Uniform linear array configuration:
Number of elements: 8
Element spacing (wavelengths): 0.25
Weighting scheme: uniform
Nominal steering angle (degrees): -60
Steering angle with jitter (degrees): -61.275
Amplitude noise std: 0.05
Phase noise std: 0.05

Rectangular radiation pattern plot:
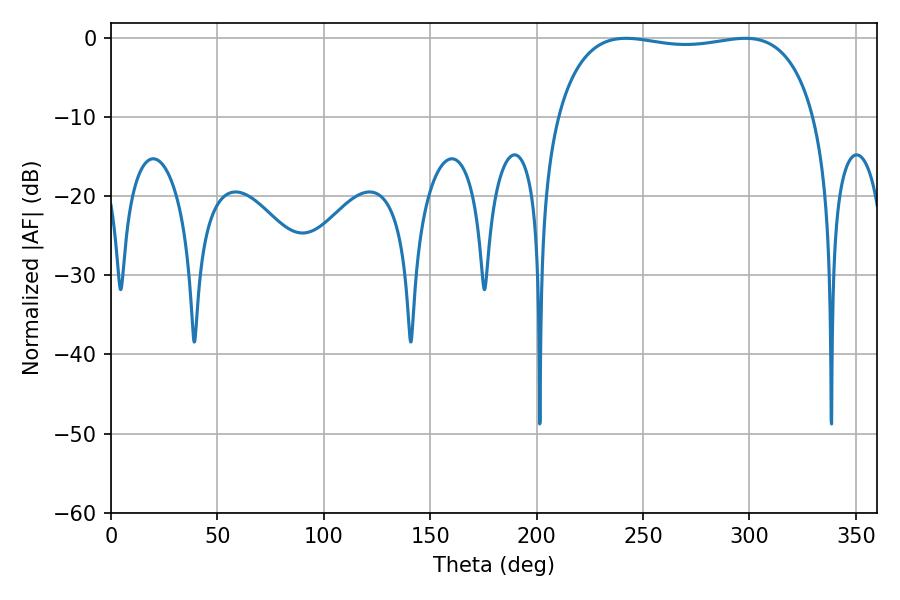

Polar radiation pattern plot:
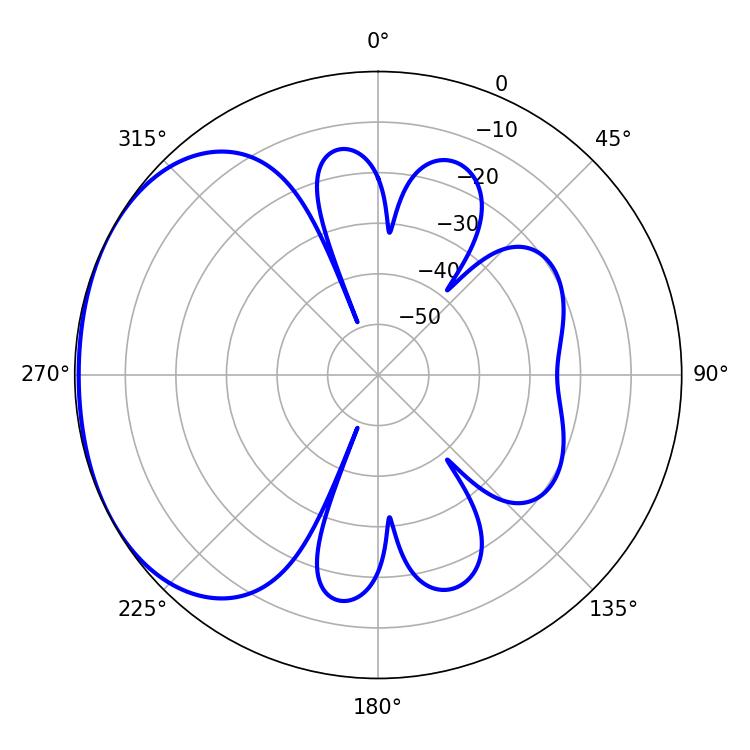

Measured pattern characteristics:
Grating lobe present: FALSE
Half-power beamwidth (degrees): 97.56
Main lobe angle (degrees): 241.92